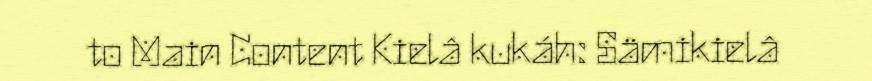
to Main Content Kielâ kukáh: Sämikielâ